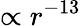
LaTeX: \propto r^{-13}